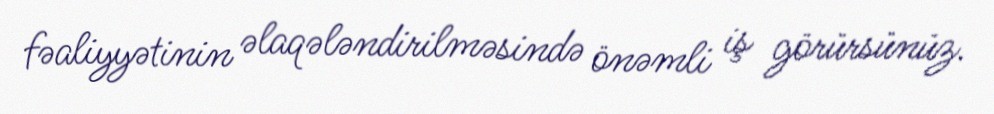
fəaliyyətinin əlaqələndirilməsində önəmli iş görürsünüz.